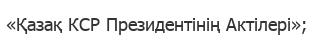
«Қазақ КСР Президентінің Актілері»;